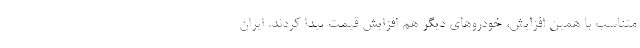
متناسب با همین افزایش، خودروهای دیگر هم افزایش قیمت پیدا کردند. ایران